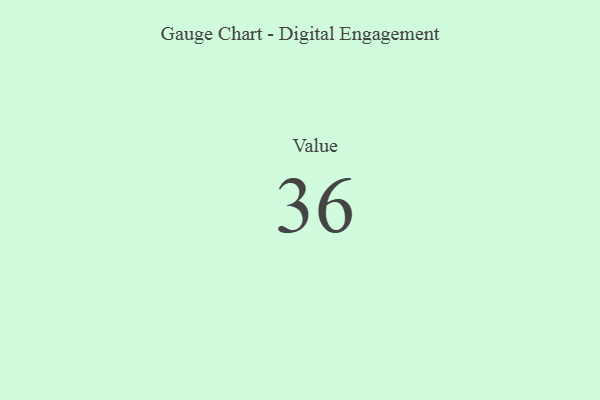
{"axis": {"x": "Metric", "y": "Value"}, "legend": [""], "data": [{"x": "Value", "y": 36, "type": ""}]}